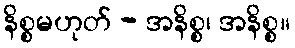
နိစ္စမဟုတ် - အနိစ္စ၊ အနိစ္စ။